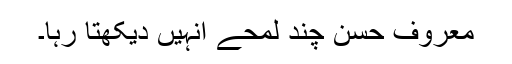
معروف حسن چند لمحے انہیں دیکھتا رہا۔